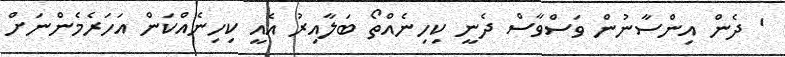
' ދެން އިންސާނުން ވަސްވާސް ދެނީ ކިހިނެއްތޯ ބަލާއިރު އެއީ ކިހިނެއްކަން އަހަރެމެންނަށް